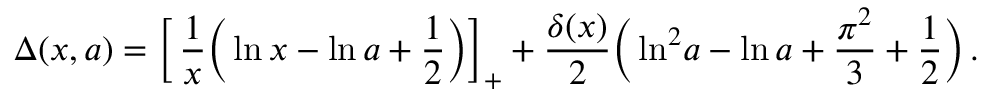
\Delta ( x , a ) = \left[ \, \frac { 1 } { x } \bigg ( \ln x - \ln a + \frac 1 2 \bigg ) \right] _ { + } + \frac { \delta ( x ) } { 2 } \bigg ( \ln ^ { 2 } \! a - \ln a + \frac { \pi ^ { 2 } } { 3 } + \frac 1 2 \bigg ) \, .